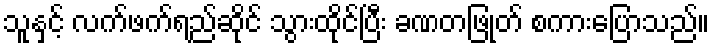
သူနှင့် လက်ဖက်ရည်ဆိုင် သွားထိုင်ပြီး ခဏတဖြုတ် စကားပြောသည်။